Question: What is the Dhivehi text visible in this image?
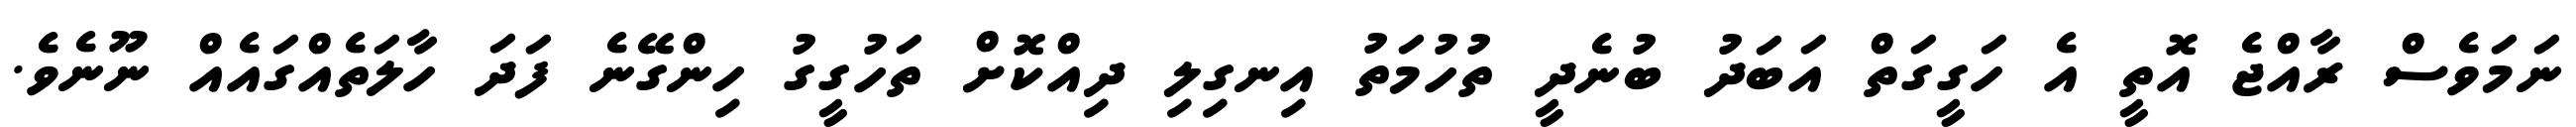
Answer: ނަމަވެސް ރާއްޖެ އޮތީ އެ ހަގީގަތް އަބަދު ބުނެދީ ތުހުމަތު އިނގިލި ދިއްކޮށް ތަހުގީގު ހިންގޭނެ ފަދަ ހާލަތެއްގައެއް ނޫނެވެ.